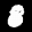
Label: 8